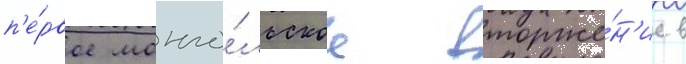
п'е́рвое монго́льское вторже́н'ие в